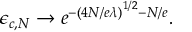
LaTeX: \epsilon _ { c , N } \rightarrow e ^ { - \left( 4 N / e \lambda \right) ^ { 1 / 2 } - N / e } .